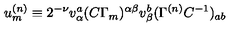
u _ { { m } } ^ { { ( n ) } } \equiv 2 ^ { - \nu } v _ { \alpha } ^ { { a } } ( C \Gamma _ { { m } } ) ^ { \alpha \beta } v _ { \beta } ^ { { b } } ( \Gamma ^ { { ( n ) } } C ^ { - { 1 } } ) _ { { a b } }